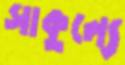
সাকুল্যে